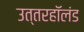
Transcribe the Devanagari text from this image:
उत्तरहॉलंड